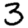
Digit: 3